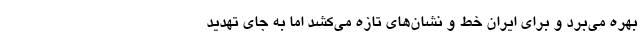
بهره می‌برد و برای ایران خط و نشان‌های تازه می‌کشد اما به جای تهدید